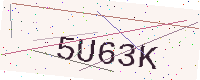
Text: 5U63K